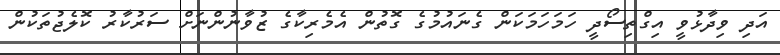
އަދި ވިދާޅުވީ އިގްތިސޯދީ ހަމަހަމަކަން ގެނައުމުގެ ގޮތުން އެމެރިކާގެ ޒުވާނުންނަށް ސަރުކާރު ކޮލެޖުތަކުން